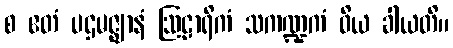
စ ဧတံ ပဌမဇ္ဈာနံ ဩဠာရိကံ သကဏ္ဍကံ ဝိယ ခါယတိ။